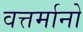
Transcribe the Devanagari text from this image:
वत्तर्मानो